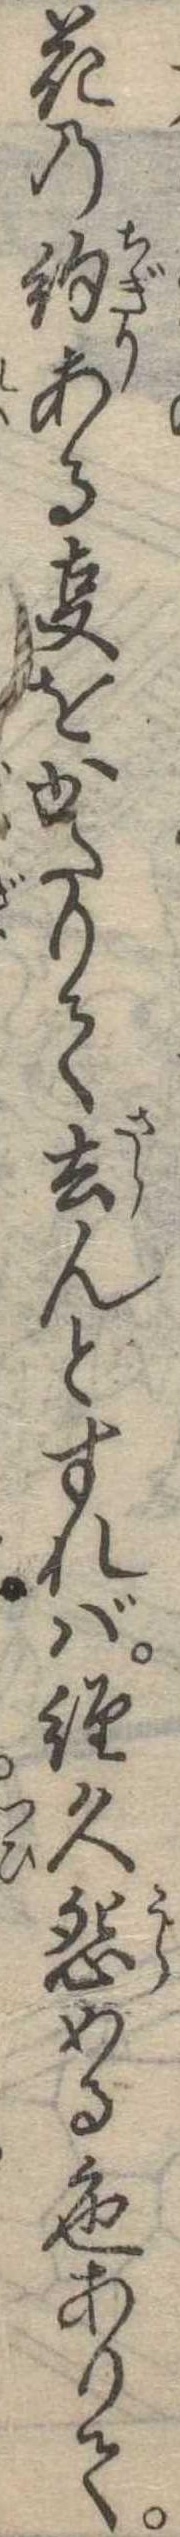
花の約あるをかたりて去んとすれば経久怨める色ありて